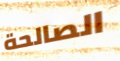
الصالحة